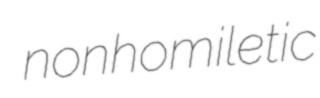
nonhomiletic